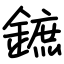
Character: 鏣